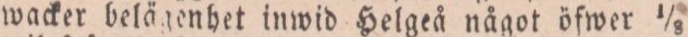
wacker belägenhet inwid Helgeå något öfwer 1/8